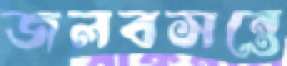
জলবসন্তে